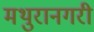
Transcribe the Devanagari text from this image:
मथुरानगरी